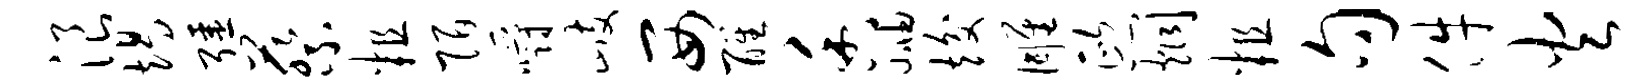
浪竭强蔡粗陌嚼歧西醒香岫竣雕熙炯粗句件火